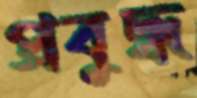
প্রবুদ্ধ